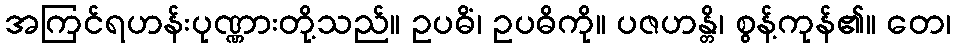
အကြင်ရဟန်းပုဏ္ဏားတို့သည်။ ဥပဓိံ၊ ဥပဓိကို။ ပဇဟန္တိ၊ စွန့်ကုန်၏။ တေ၊